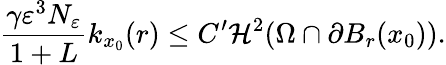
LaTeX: \frac{\gamma\varepsilon^{3}N_{\varepsilon}}{1+L}k_{x_{0}}(r)\leq C^{\prime}\mathcal{H}^{2}(\Omega\cap\partial B_{r}(x_{0})).